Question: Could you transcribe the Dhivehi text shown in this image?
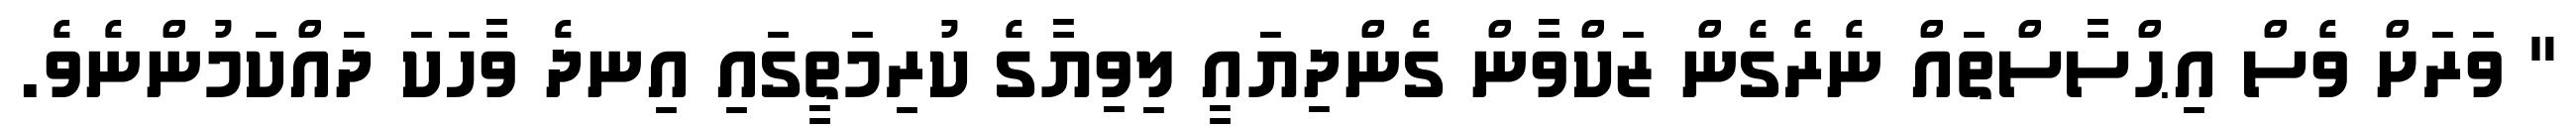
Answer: " ވަރަށް ވެސް އިޙްސާސްތައް ނެރެގެން ޒަކްވާން ގެންދިޔައީ ލިވިޔާގެ ކުރިމަތީގައި އިނދެ ވާހަކަ ދައްކަމުންނެވެ.